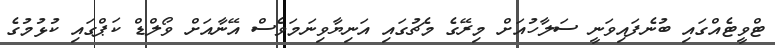
ޓްވީޓެއްގައި ބުނެފައިވަނީ ސަލާހުއަށް މިރޭގެ މެޗުގައި އަނިޔާވިނަމަވެސް އޭނާއަށް ވޯލްޑް ކަޕްގައި ކުޅުމުގެ